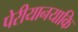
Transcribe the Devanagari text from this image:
पेरीयानयाकि